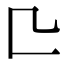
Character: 𠤬